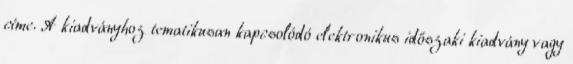
címe. A kiadványhoz tematikusan kapcsolódó elektronikus időszaki kiadvány vagy